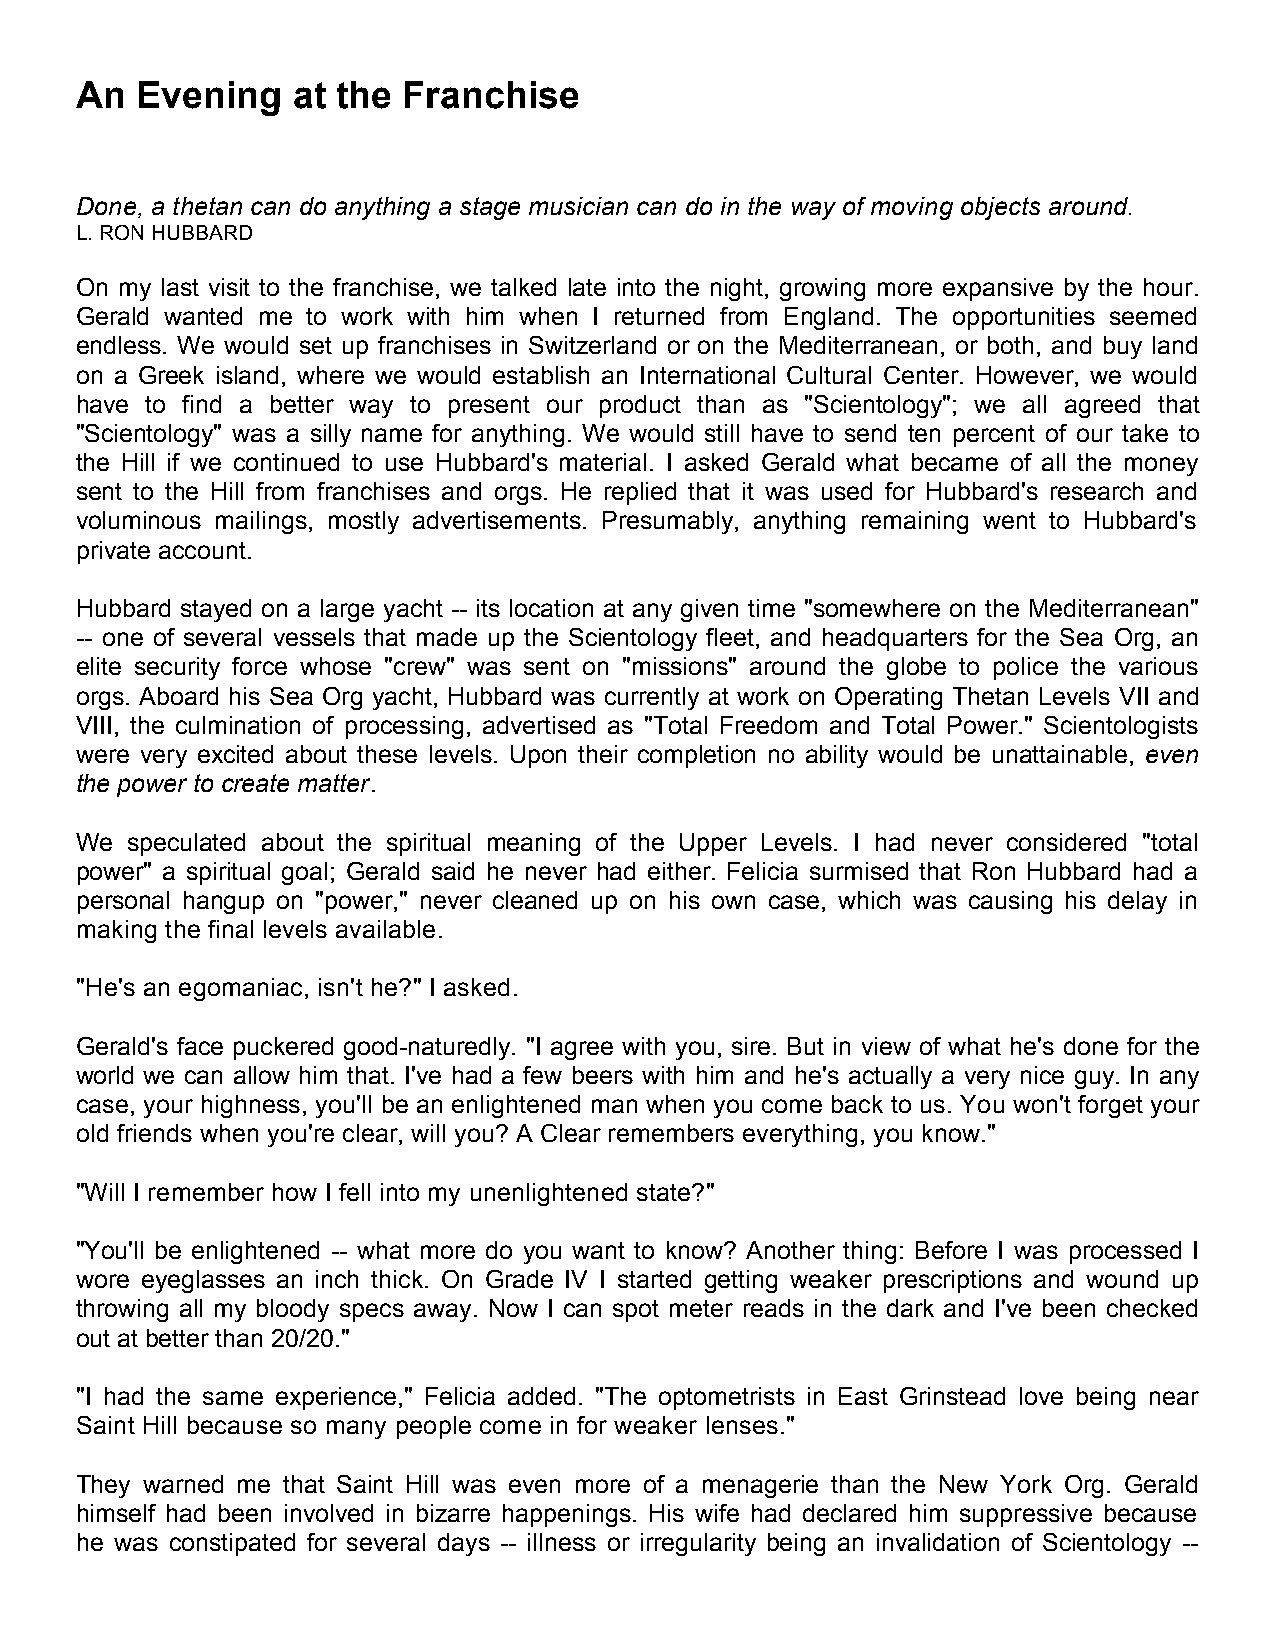
An  Evening   at the  Franchise
 Done, a thetan can do anything a stage musician can do in the way of moving objects around.
 L. RON HUBBARD
 On my last visit to the franchise, we talked late into the night, growing more expansive by the hour.
 Gerald wanted me to work with him when I returned from England. The opportunities seemed
 endless. We would set up franchises in Switzerland or on the Mediterranean, or both, and buy land
 on a Greek island, where we would establish an International Cultural Center. However, we would
 have to find a better way to present our product than as "Scientology"; we all agreed that
 "Scientology" was a silly name for anything. We would still have to send ten percent of our take to
 the Hill if we continued to use Hubbard's material. I asked Gerald what became of all the money
 sent to the Hill from franchises and orgs. He replied that it was used for Hubbard's research and
 voluminous mailings, mostly advertisements. Presumably, anything remaining went to Hubbard's
 private account.
 Hubbard stayed on a large yacht -- its location at any given time "somewhere on the Mediterranean"
 -- one of several vessels that made up the Scientology fleet, and headquarters for the Sea Org, an
 elite security force whose "crew" was sent on "missions" around the globe to police the various
 orgs. Aboard his Sea Org yacht, Hubbard was currently at work on Operating Thetan Levels VII and
 VIII, the culmination of processing, advertised as "Total Freedom and Total Power." Scientologists
 were very excited about these levels. Upon their completion no ability would be unattainable, even
 the power to create matter.
 We speculated about the spiritual meaning of the Upper Levels. I had never considered "total
 power" a spiritual goal; Gerald said he never had either. Felicia surmised that Ron Hubbard had a
 personal hangup on "power," never cleaned up on his own case, which was causing his delay in
 making the final levels available.
 "He's an egomaniac, isn't he?" I asked.
 Gerald's face puckered good-naturedly. "I agree with you, sire. But in view of what he's done for the
 world we can allow him that. I've had a few beers with him and he's actually a very nice guy. In any
 case, your highness, you'll be an enlightened man when you come back to us. You won't forget your
 old friends when you're clear, will you? A Clear remembers everything, you know."
 "Will I remember how I fell into my unenlightened state?"
 "You'll be enlightened -- what more do you want to know? Another thing: Before I was processed I
 wore eyeglasses an inch thick. On Grade IV I started getting weaker prescriptions and wound up
 throwing all my bloody specs away. Now I can spot meter reads in the dark and I've been checked
 out at better than 20/20."
 "I had the same experience," Felicia added. "The optometrists in East Grinstead love being near
 Saint Hill because so many people come in for weaker lenses."
 They warned me that Saint Hill was even more of a menagerie than the New York Org. Gerald
 himself had been involved in bizarre happenings. His wife had declared him suppressive because
 he was constipated for several days -- illness or irregularity being an invalidation of Scientology --